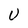
Character: U